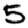
Digit: 5